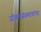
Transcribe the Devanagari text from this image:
जीवनसंस्मरणांचा